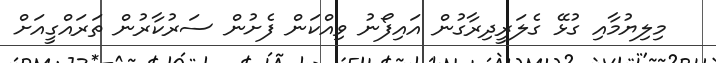
މިލިޔުމާއި ގުޅޭ ގެލަރީދިރާގުން އައިފޯނު ވިއްކަން ފެށުން ސަރުކާރުން ތަރައްގީއަށް